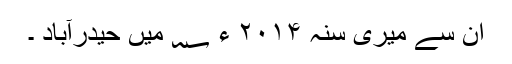
ان سے میری سنہ ۲۰۱۴ ء ؁ میں حیدرآباد ۔